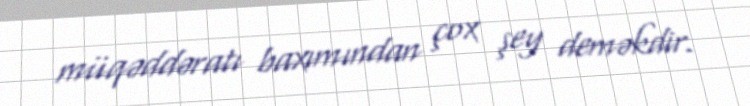
müqəddəratı baxımından çox şey deməkdir.